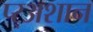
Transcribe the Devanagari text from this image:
प्र्‍अशान